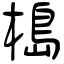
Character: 槝